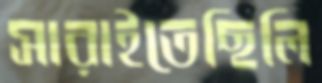
সারাইতেছিলি